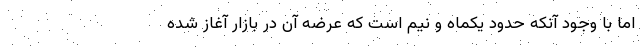
اما با وجود آنکه حدود یکماه و نیم است که عرضه آن در بازار آغاز شده